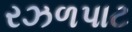
રઝળપાટ